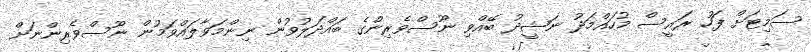
ސަމިޓަށް ފަހު ރައީސް މުހައްމަދު ނަޝީދު ބޭއްވި ނޫސްވެރިންގެ ބައްދަލުވުން ނިންމަވާލައްވަމުން ނޫސްވެރިންނަށް